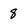
Character: 8